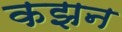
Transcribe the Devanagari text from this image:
कझन